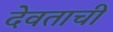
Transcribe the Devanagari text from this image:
देवताची